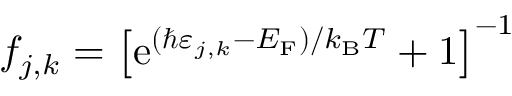
f _ { j , k } = \left[ \mathrm { e } ^ { ( \hbar \varepsilon _ { j , k } - { E _ { \mathrm { F } } } ) / { k _ { \mathrm { B } } } T } + 1 \right] ^ { - 1 }